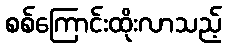
စစ်ကြောင်းထိုးလာသည့်